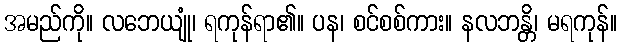
အမည်ကို။ လဘေယျုံ၊ ရကုန်ရာ၏။ ပန၊ စင်စစ်ကား။ နလဘန္တိ၊ မရကုန်။